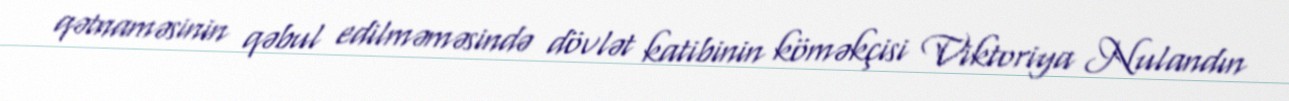
qətnaməsinin qəbul edilməməsində dövlət katibinin köməkçisi Viktoriya Nulandın